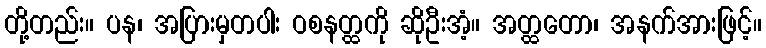
တို့တည်း။ ပန၊ အပြားမှတပါး ဝစနတ္ထကို ဆိုဦးအံ့။ အတ္ထတော၊ အနက်အားဖြင့်။